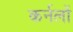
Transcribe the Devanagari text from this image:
कर्नलों